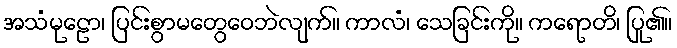
အသံမုဠော၊ ပြင်းစွာမတွေဝေဘဲလျက်။ ကာလံ၊ သေခြင်းကို။ ကရောတိ၊ ပြု၏။